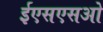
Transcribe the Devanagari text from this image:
ईएसएसओ